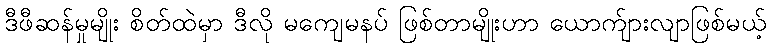
ဒီဖီဆန်မှုမျိုး စိတ်ထဲမှာ ဒီလို မကျေမနပ် ဖြစ်တာမျိုးဟာ ယောက်ျားလျာဖြစ်မယ့်